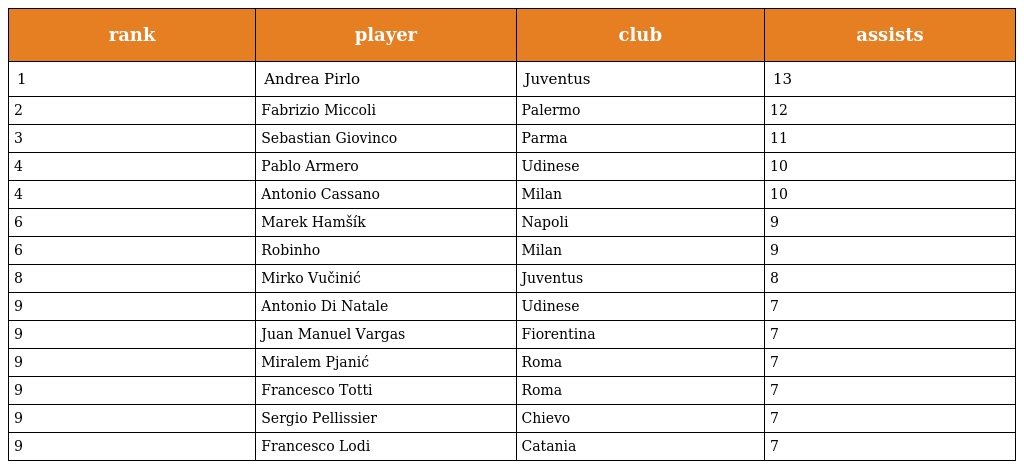
| rank | player | club | assists |
 | --- | --- | --- | --- |
 | 1 | Andrea Pirlo | Juventus | 13 |
 | 2 | Fabrizio Miccoli | Palermo | 12 |
 | 3 | Sebastian Giovinco | Parma | 11 |
 | 4 | Pablo Armero | Udinese | 10 |
 | 4 | Antonio Cassano | Milan | 10 |
 | 6 | Marek Hamšík | Napoli | 9 |
 | 6 | Robinho | Milan | 9 |
 | 8 | Mirko Vučinić | Juventus | 8 |
 | 9 | Antonio Di Natale | Udinese | 7 |
 | 9 | Juan Manuel Vargas | Fiorentina | 7 |
 | 9 | Miralem Pjanić | Roma | 7 |
 | 9 | Francesco Totti | Roma | 7 |
 | 9 | Sergio Pellissier | Chievo | 7 |
 | 9 | Francesco Lodi | Catania | 7 |